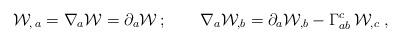
LaTeX: \begin{align*}{\cal W}_{,\,a}=\nabla_a {\cal W}=\partial _a{\cal W}\,;\qquad\nabla_a {\cal W}_{,b}=\partial_a {\cal W}_{,b} -\Gamma^c_{ab} \, {\cal W}_{, c}\;,\end{align*}